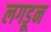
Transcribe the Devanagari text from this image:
लगडून